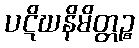
ပဋိဃနိမိတ္တဉ္စ